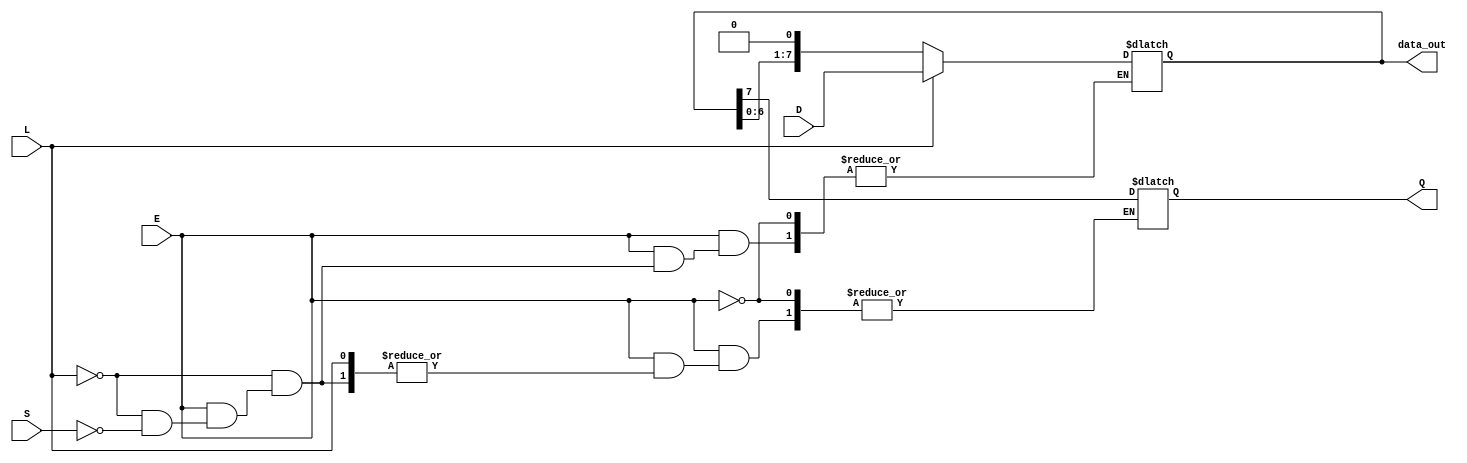
module PISO_Register (
    input wire [7:0] D,      // Parallel data input (8 bits)
    input wire L,            // Load signal (active high)
    input wire S,            // Shift signal (active high)
    input wire E,            // Enable signal (active high)
    output reg Q,            // Serial output
    output reg [7:0] data_out // For debugging: to see the current data in the register
);

    reg [7:0] shift_reg;     // Internal shift register to hold the data

    always @(*) begin
        if (E) begin
            if (L) begin
                // Load data into the shift register asynchronously
                shift_reg = D;
            end
            else if (S) begin
                // Shift data out serially
                Q = shift_reg[7]; // Output the MSB
                shift_reg = {shift_reg[6:0], 1'b0}; // Shift left and fill with 0
            end
        end
    end

    // For debugging purposes: output the current data in the register
    always @(shift_reg) begin
        data_out = shift_reg;
    end

endmodule